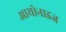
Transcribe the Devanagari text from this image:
आयोनाइज